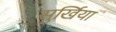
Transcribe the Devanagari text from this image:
सुर्खिया